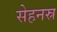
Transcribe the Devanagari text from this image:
सेहनस्र